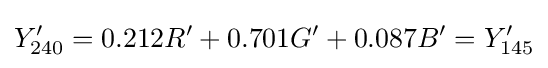
Y'_{\text{240}}=0.212R'+0.701G'+0.087B'=Y'_{\text{145}}